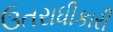
ઉતરાધીકારી